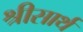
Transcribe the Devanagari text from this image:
श्रीसार्थ